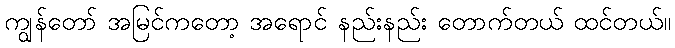
ကျွန်တော် အမြင်ကတော့ အရောင် နည်းနည်း တောက်တယ် ထင်တယ်။